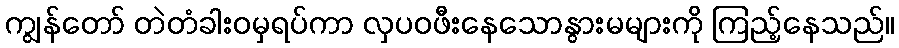
ကျွန်တော် တဲတံခါးဝမှရပ်ကာ လှပဝဖီးနေသောနွားမများကို ကြည့်နေသည်။